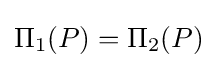
\Pi _{1}(P)=\Pi _{2}(P)